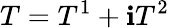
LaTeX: T=T^{1}+\mathbf{i}T^{2}